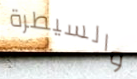
والسيطرة